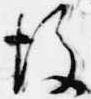
後